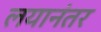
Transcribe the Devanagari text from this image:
लयानंतर